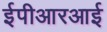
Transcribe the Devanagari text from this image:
ईपीआरआई